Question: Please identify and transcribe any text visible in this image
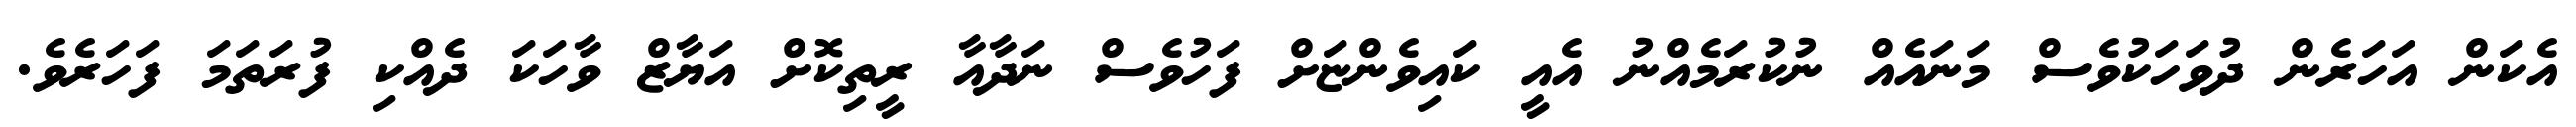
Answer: އެކަން އަހަރެން ދުވަހަކުވެސް މަނައެއް ނުކުރަމެއްނު އެއީ ކައިވެންޏަށް ފަހުވެސް ނަދާއާ ރީތިކޮށް އަޔާޒް ވާހަކަ ދެއްކި ފުރަތަމަ ފަހަރެވެ.